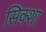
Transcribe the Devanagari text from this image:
सिक्शा